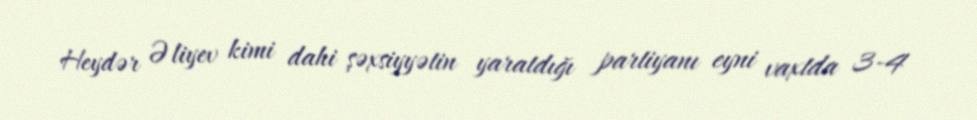
Heydər Əliyev kimi dahi şəxsiyyətin yaratdığı partiyanı eyni vaxtda 3-4